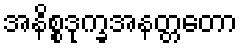
အနိစ္စဒုက္ခအနတ္တတော